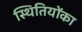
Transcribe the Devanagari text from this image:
स्थितियोंका